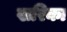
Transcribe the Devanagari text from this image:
खरिका